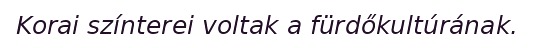
Korai színterei voltak a fürdőkultúrának.